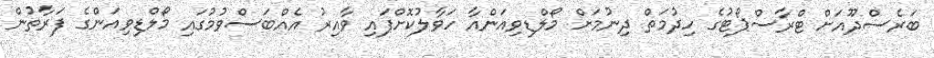
ބަރެސްދޫއަށް ޓްރާސްޕޯޓުގެ ހިދުމަތް ދިނުމަށް މޯލްޑިވިއަންއާ ހަވާލުކޮށްފައި ވާއިރު އެއްބަސްވުމުގައި މޯލްޑިވިއަންގެ ފަރާތުން